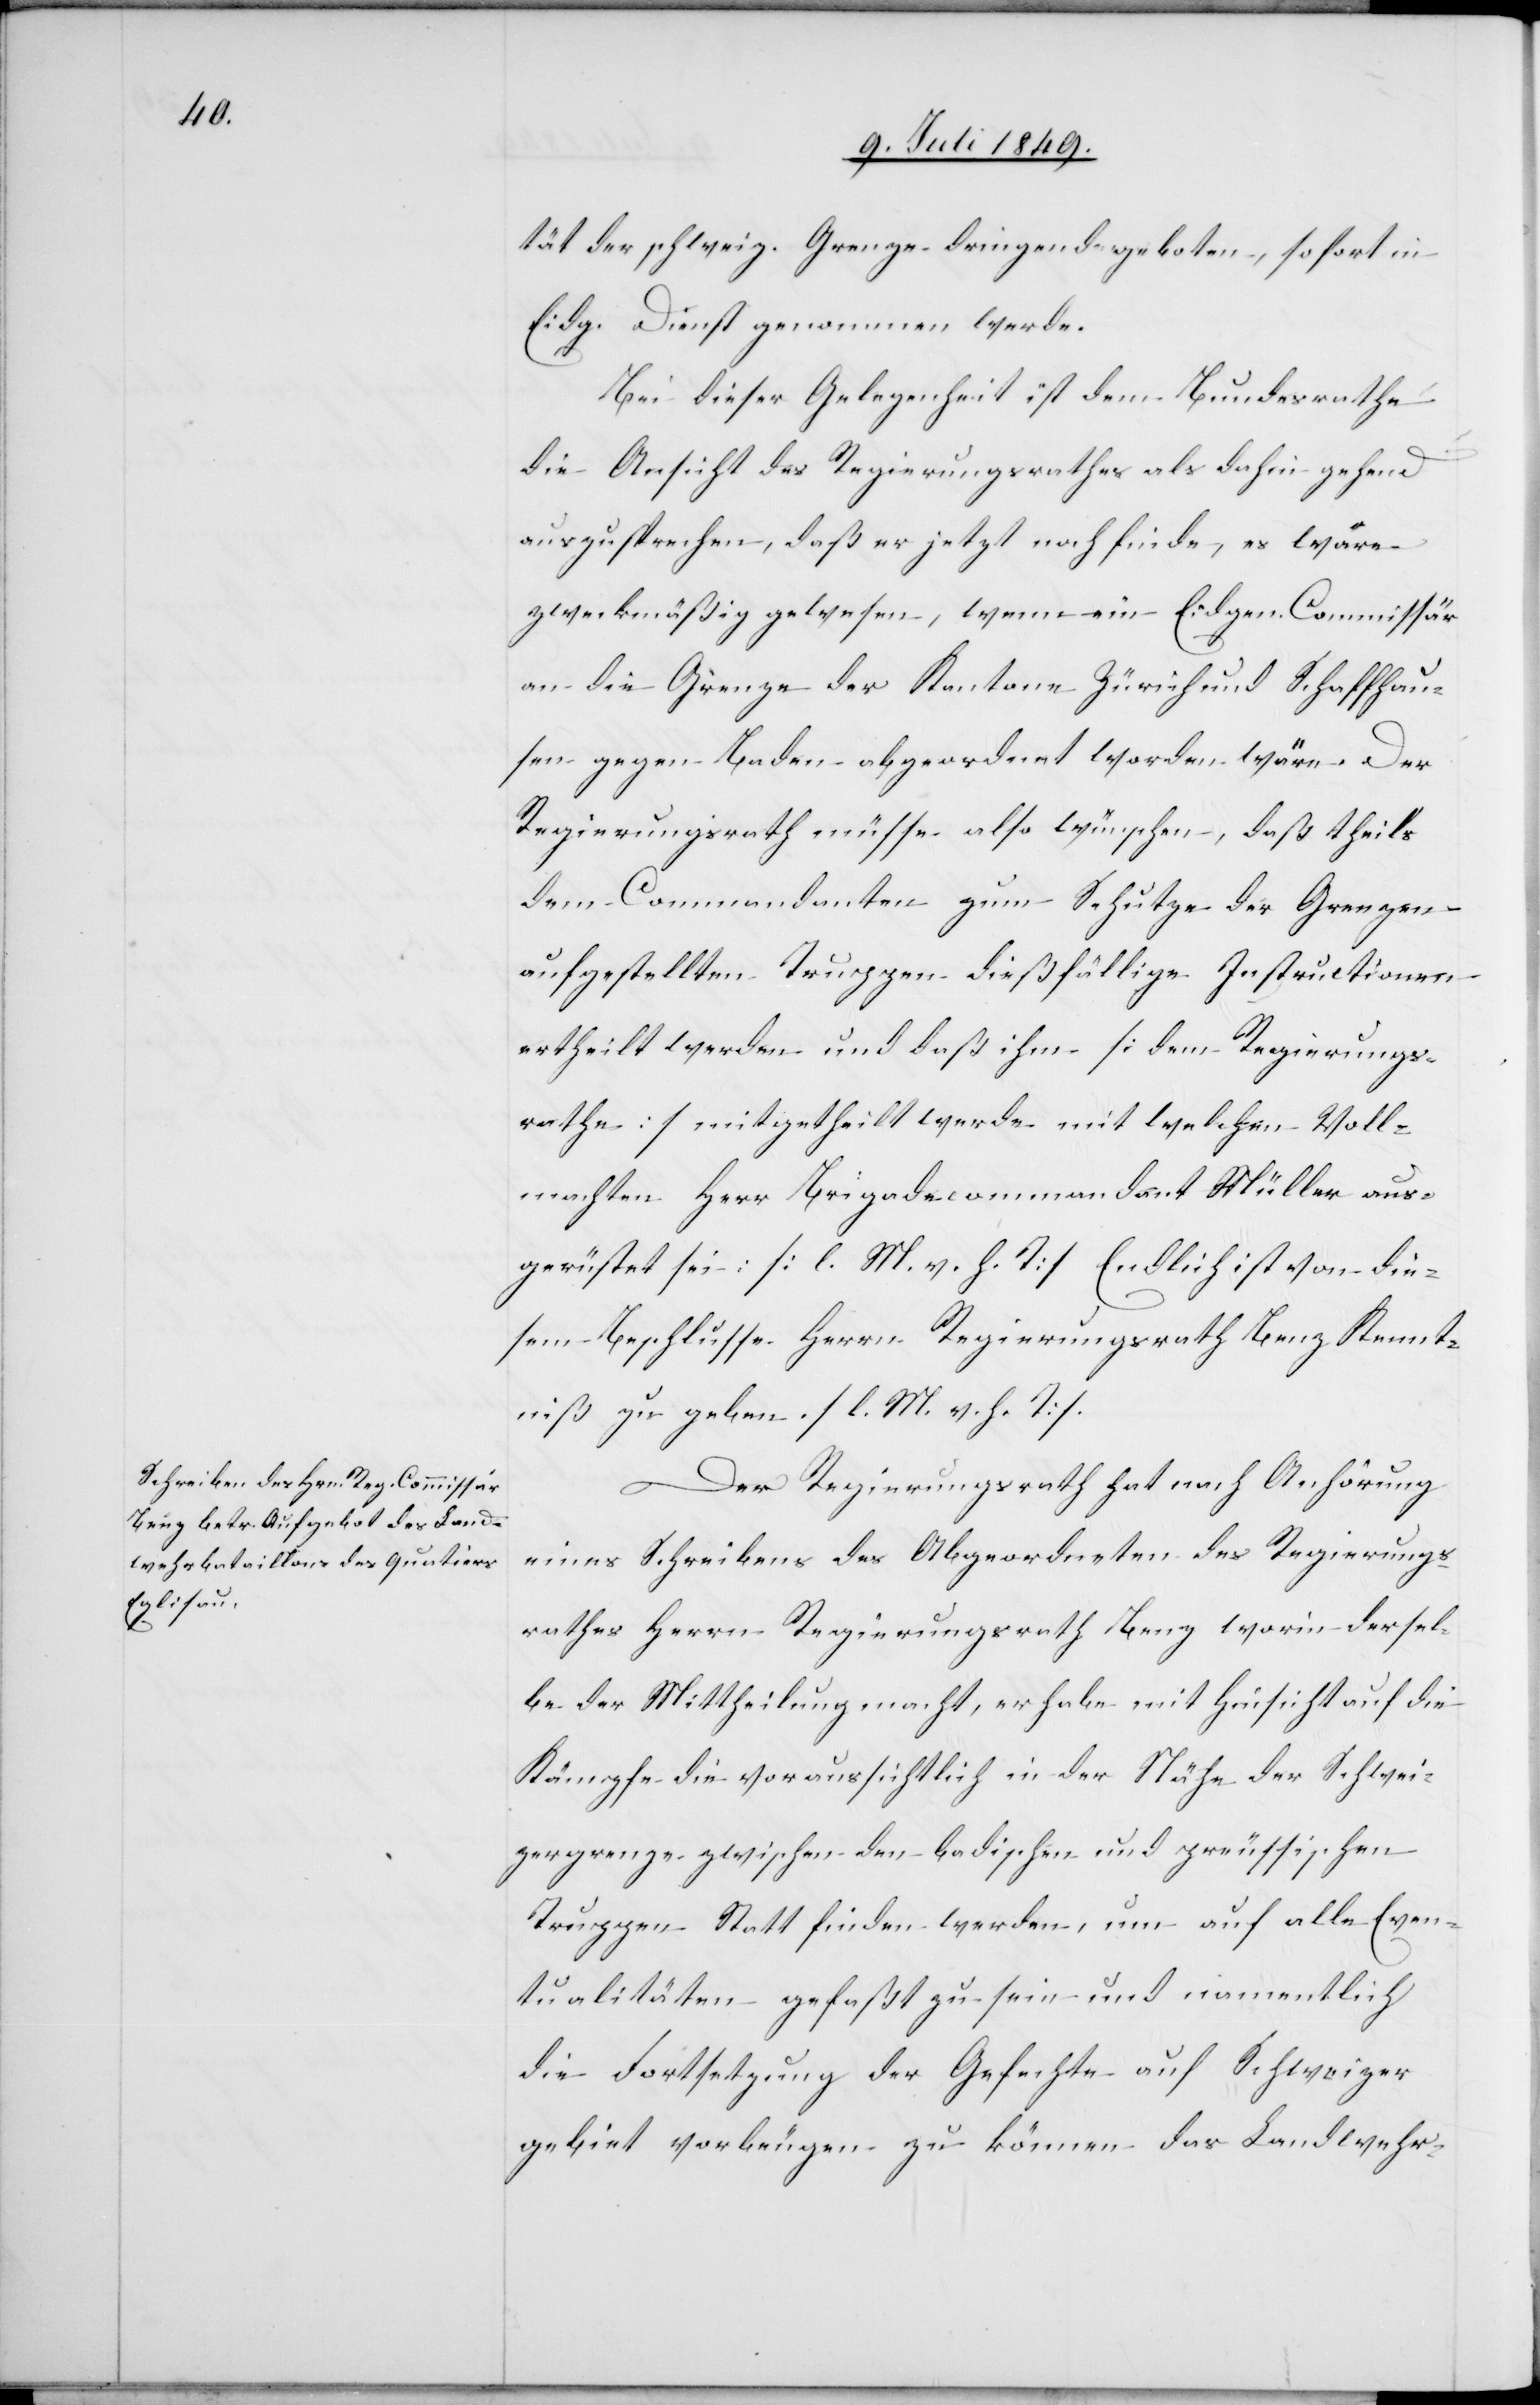
tät der schweiz. Grenze dringend geboten, sofort in
Eidg. Dienst genommen werde.
Bei dieser Gelegenheit ist dem Bundesrathe
die Ansicht des Regierungsrathes als dahin gehend
auszusprechen, daß er jetzt noch finde, es wäre
zweckmäßig gewesen, wenn ein Eidgen. Commissär
an die Grenze der Kantone Zürich und Schaffhau¬
sen gegen Baden abgeordnet worden wäre. Der
Regierungsrath müsse also wünschen, daß theils
dem Commandanten zum Schutze der Grenzen
aufgestellten Truppen dießfällige Instructionen
ertheilt werden und daß ihm [dem Regierungs¬
rathe] mitgetheilt werde mit welchen Voll¬
machten Herr Brigadecommandant Müller aus¬
gerüstet sei [l. M. v. h. T] Endlich ist von die¬
sem Beschlusse Herrn Regierungsrath Benz Kennt¬
niß zu geben. [l. M. v. h. T].
Der Regierungsrath hat nach Anhörung
eines Schreibens des Abgeordneten des Regierungs¬
rathes Herrn Regierungsrath Benz worin dersel¬
be die Mittheilung macht, er habe mit Hinsicht auf die
Kämpfe die voraussichtlich in der Nähe der Schwei¬
zergrenze zwischen den badischen und preussischen
Truppen Statt finden werden, um auf alle Even¬
tualitäten gefaßt zu sein und namentlich
die Fortsetzung der Gefechte auf Schweizer¬
gebiet vorbeugen zu können das Landwehr-